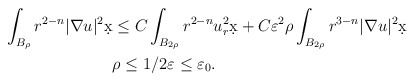
\begin{align*}\int_{B_{\rho}} r^{2-n} |\nabla u|^2 \d x & \leq C \int_{B_{2\rho}} r^{2-n} u_r^2 \d x + C \varepsilon^2 \rho \int_{B_{2\rho}} r^{3-n}|\nabla u|^2 \d x\\ & \rho \leq 1/2 \varepsilon \leq \varepsilon_0.\end{align*}